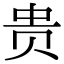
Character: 贵